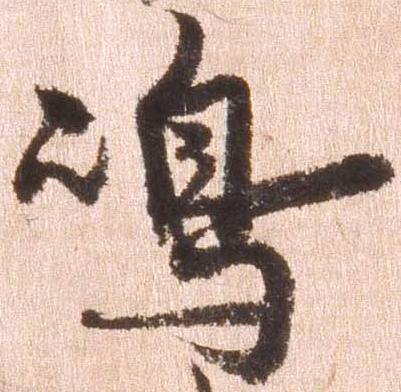
島